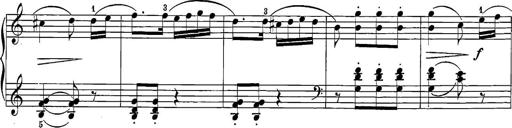
Title: 12 Sonatine per Pianoforte
Composer: Friedrich Kuhlau